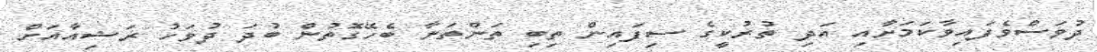
ދުވަސްވެފައިވާކަމަށާއި އަދި ތުރުކީގެ ސިފައިން ތިބި ތަންތަނާ ބެހޭގޮތުން ބުދަ ދުވަހު ރަޝިއާއަށް